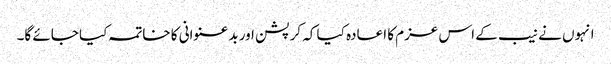
انہوں نے نیب کے اس عزم کا اعادہ کیا کہ کرپشن اور بدعنوانی کا خاتمہ کیا جائے گا۔